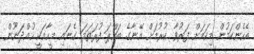
އެހެންކަމުން މިކަމަށް ފަރުވާ ކުރުމަށް އޭނާގެ ބައްޕަ ފުރަތަމަ ގެނައި މީހާއަކީ ހުއްދަނޫން